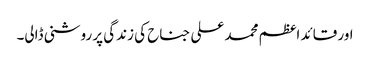
اور قائد اعظم محمد علی جناح کی زندگی پر روشنی ڈالی۔